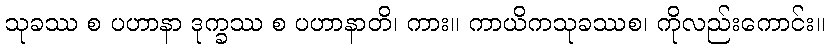
သုခဿ စ ပဟာနာ ဒုက္ခဿ စ ပဟာနာတိ၊ ကား။ ကာယိကသုခဿစ၊ ကိုလည်းကောင်း။